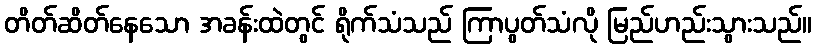
တိတ်ဆိတ်နေသော အခန်းထဲတွင် ရိုက်သံသည် ကြာပွတ်သံလို မြည်ဟည်းသွားသည်။